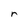
Character: r